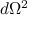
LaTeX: d \Omega ^ { 2 }